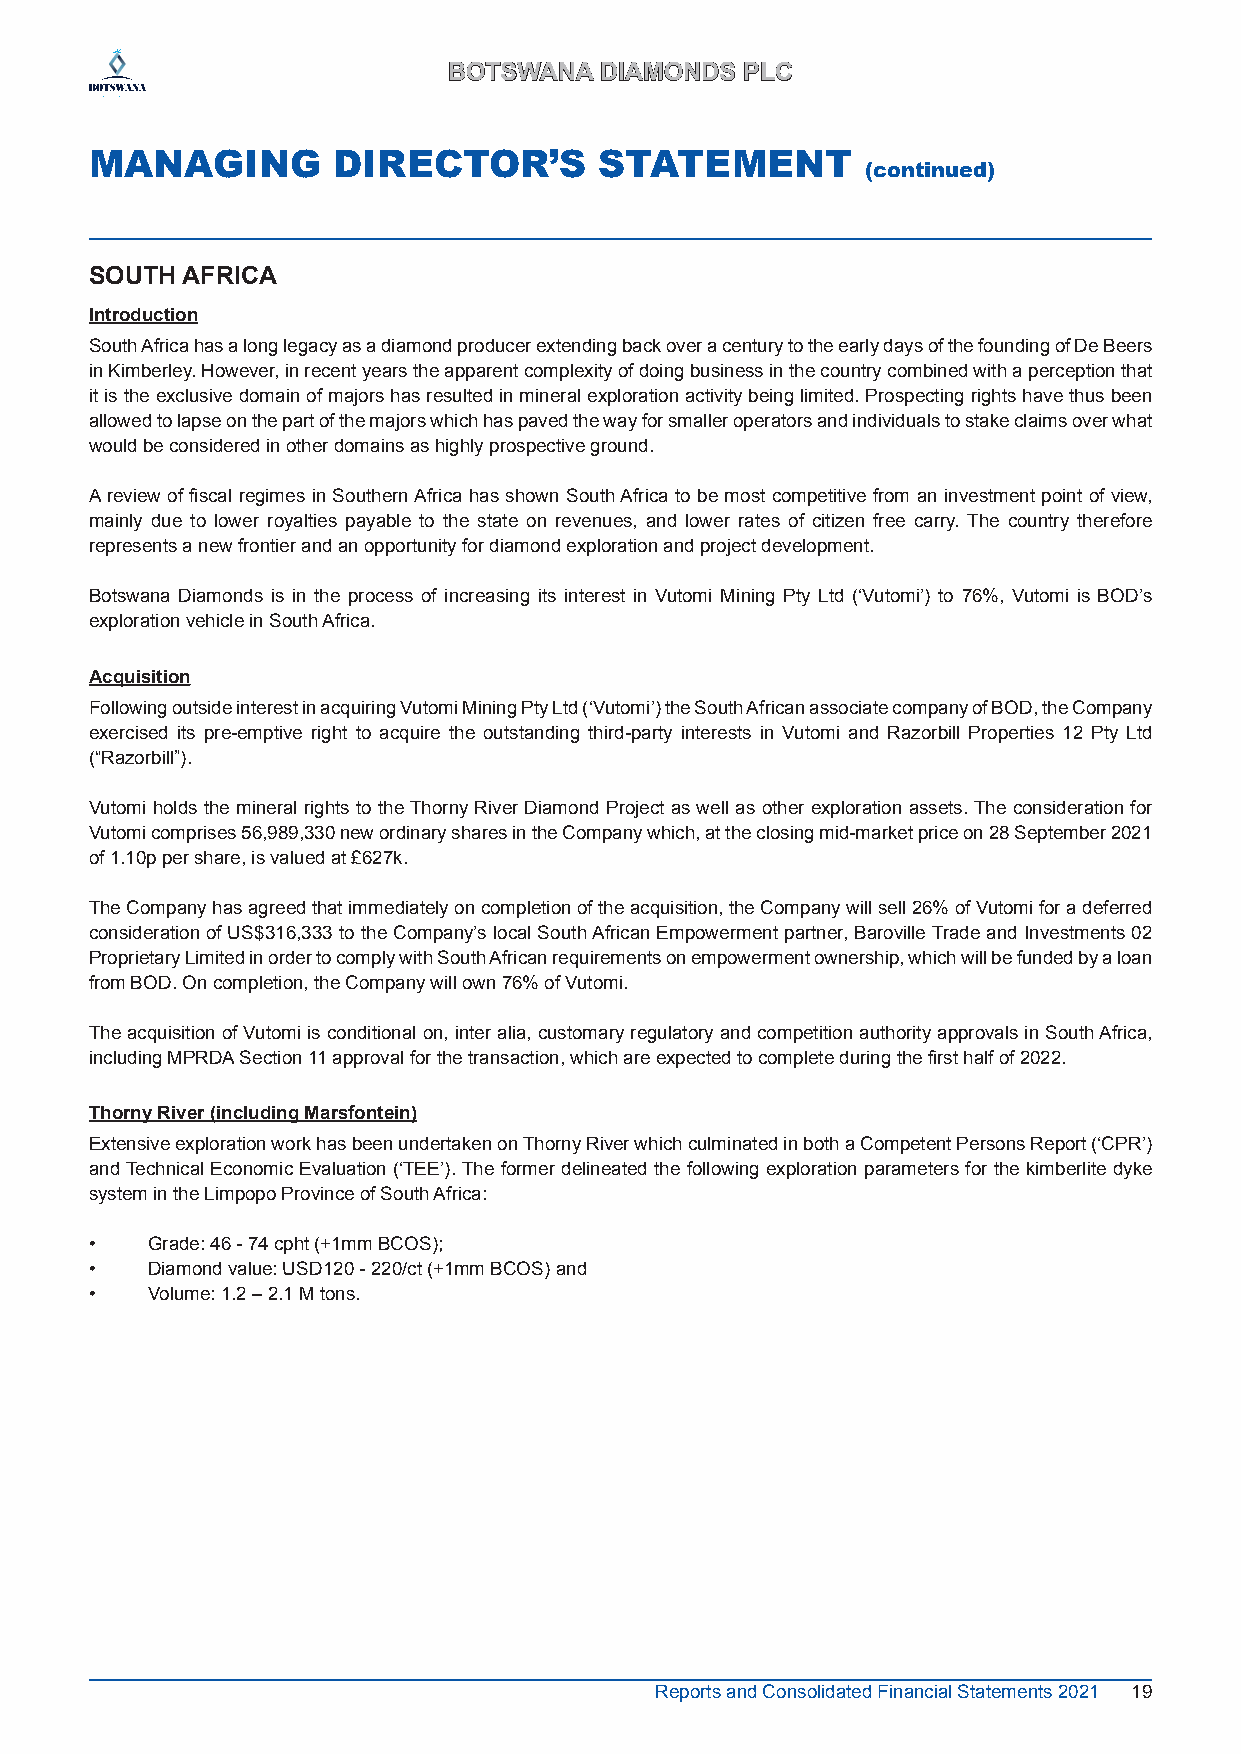
BBOOTTSSWWAANNAA DDIIAAMMOONNDDSS PPLLCC
 MANAGING        DIRECTOR’S        STATEMENT
 (continued)
 SOUTH AFRICA
 Introduction
 South Africa has a long legacy as a diamond producer extending back over a century to the early days of the founding of De Beers
 in Kimberley. However, in recent years the apparent complexity of doing business in the country combined with a perception that
 it is the exclusive domain of majors has resulted in mineral exploration activity being limited. Prospecting rights have thus been
 allowed to lapse on the part of the majors which has paved the way for smaller operators and individuals to stake claims over what
 would be considered in other domains as highly prospective ground.
 A review of fiscal regimes in Southern Africa has shown South Africa to be most competitive from an investment point of view,
 mainly due to lower royalties payable to the state on revenues, and lower rates of citizen free carry. The country therefore
 represents a new frontier and an opportunity for diamond exploration and project development.
 Botswana Diamonds is in the process of increasing its interest in Vutomi Mining Pty Ltd (‘Vutomi’) to 76%, Vutomi is BOD’s
 exploration vehicle in South Africa.
 Acquisition
 Following outside interest in acquiring Vutomi Mining Pty Ltd (‘Vutomi’) the South African associate company of BOD, the Company
 exercised its pre-emptive right to acquire the outstanding third-party interests in Vutomi and Razorbill Properties 12 Pty Ltd
 (“Razorbill”).
 Vutomi holds the mineral rights to the Thorny River Diamond Project as well as other exploration assets. The consideration for
 Vutomi comprises 56,989,330 new ordinary shares in the Company which, at the closing mid-market price on 28 September 2021
 of 1.10p per share, is valued at £627k.
 The Company has agreed that immediately on completion of the acquisition, the Company will sell 26% of Vutomi for a deferred
 consideration of US$316,333 to the Company’s local South African Empowerment partner, Baroville Trade and Investments 02
 Proprietary Limited in order to comply with South African requirements on empowerment ownership, which will be funded by a loan
 from BOD. On completion, the Company will own 76% of Vutomi.
 The acquisition of Vutomi is conditional on, inter alia, customary regulatory and competition authority approvals in South Africa,
 including MPRDA Section 11 approval for the transaction, which are expected to complete during the first half of 2022.
 Thorny River (including Marsfontein)
 Extensive exploration work has been undertaken on Thorny River which culminated in both a Competent Persons Report (‘CPR’)
 and Technical Economic Evaluation (‘TEE’). The former delineated the following exploration parameters for the kimberlite dyke
 system in the Limpopo Province of South Africa:
 •   Grade: 46 - 74 cpht (+1mm BCOS);
 •   Diamond value: USD120 - 220/ct (+1mm BCOS) and
 •   Volume: 1.2 – 2.1 M tons.
 Reports and Consolidated Financial Statements 2021 19